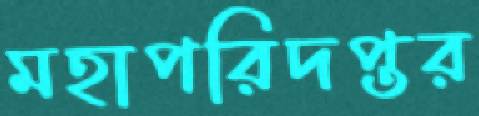
মহাপরিদপ্তর